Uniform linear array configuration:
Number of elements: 8
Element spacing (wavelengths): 1
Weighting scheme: uniform
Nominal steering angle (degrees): -60
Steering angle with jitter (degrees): -59.553
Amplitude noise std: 0.05
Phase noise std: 0.05

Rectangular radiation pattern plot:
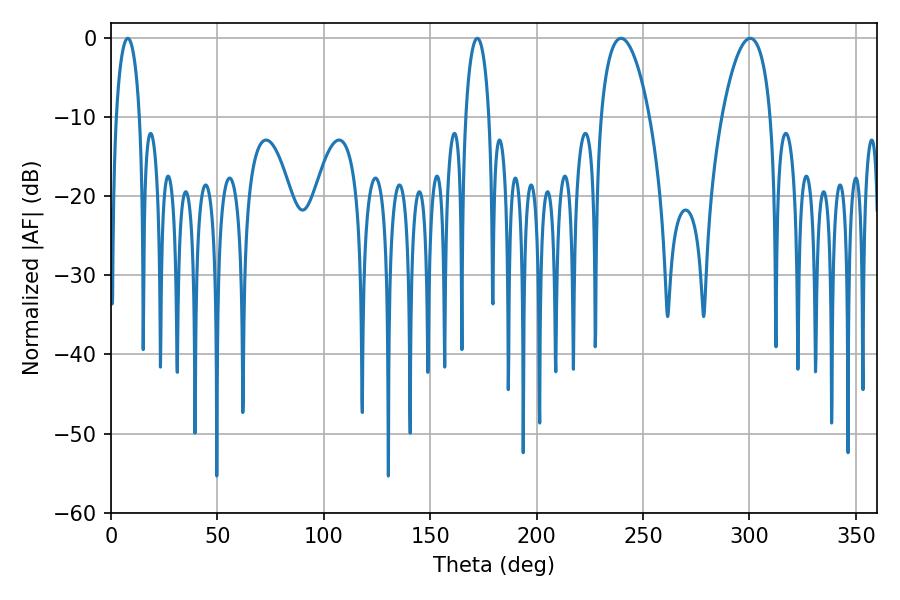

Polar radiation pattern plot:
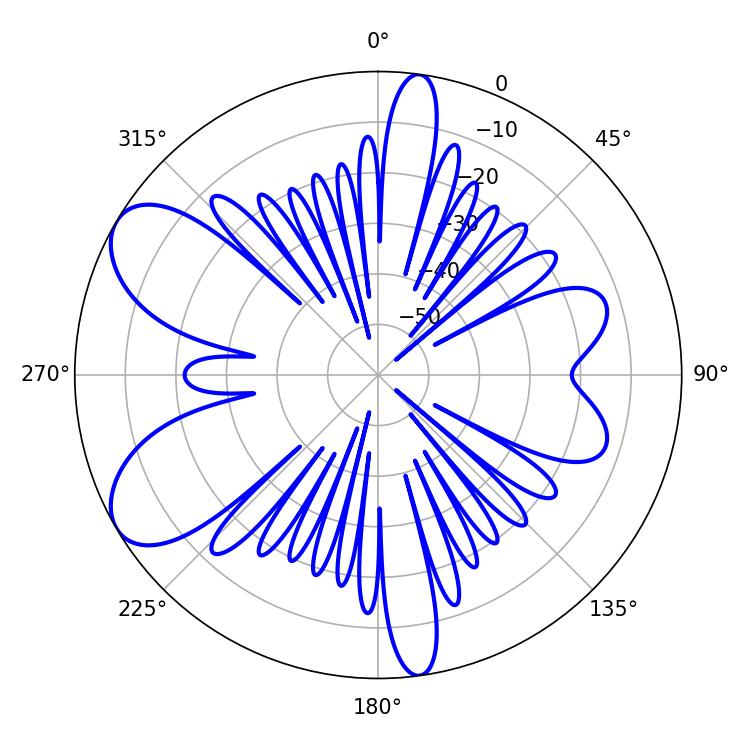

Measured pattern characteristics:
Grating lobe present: TRUE
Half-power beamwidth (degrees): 12.96
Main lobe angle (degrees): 239.58